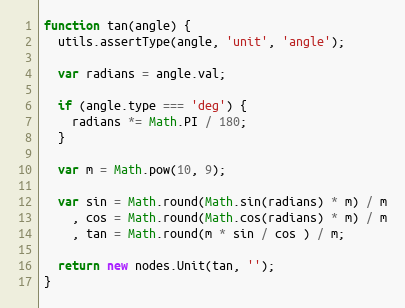
Language: JavaScript
function tan(angle) {
  utils.assertType(angle, 'unit', 'angle');

  var radians = angle.val;

  if (angle.type === 'deg') {
    radians *= Math.PI / 180;
  }

  var m = Math.pow(10, 9);

  var sin = Math.round(Math.sin(radians) * m) / m
    , cos = Math.round(Math.cos(radians) * m) / m
    , tan = Math.round(m * sin / cos ) / m;

  return new nodes.Unit(tan, '');
}